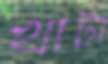
খাটা